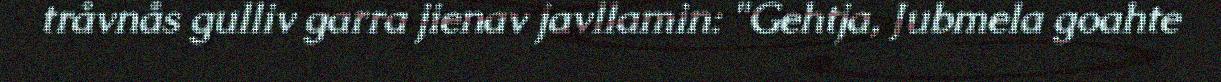
tråvnås gulliv garra jienav javllamin: "Gehtja, Jubmela goahte